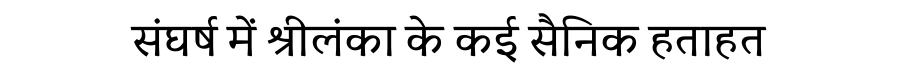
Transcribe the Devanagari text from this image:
संघर्ष में श्रीलंका के कई सैनिक हताहत